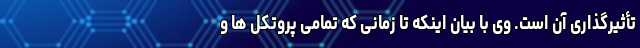
تأثیرگذاری آن است. وی با بیان اینکه تا زمانی که تمامی پروتکل ها و